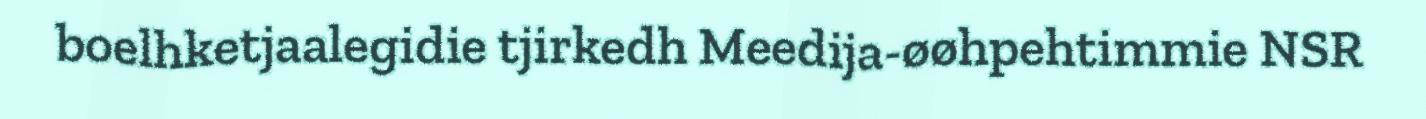
boelhketjaalegidie tjirkedh Meedija-øøhpehtimmie NSR